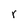
Character: r